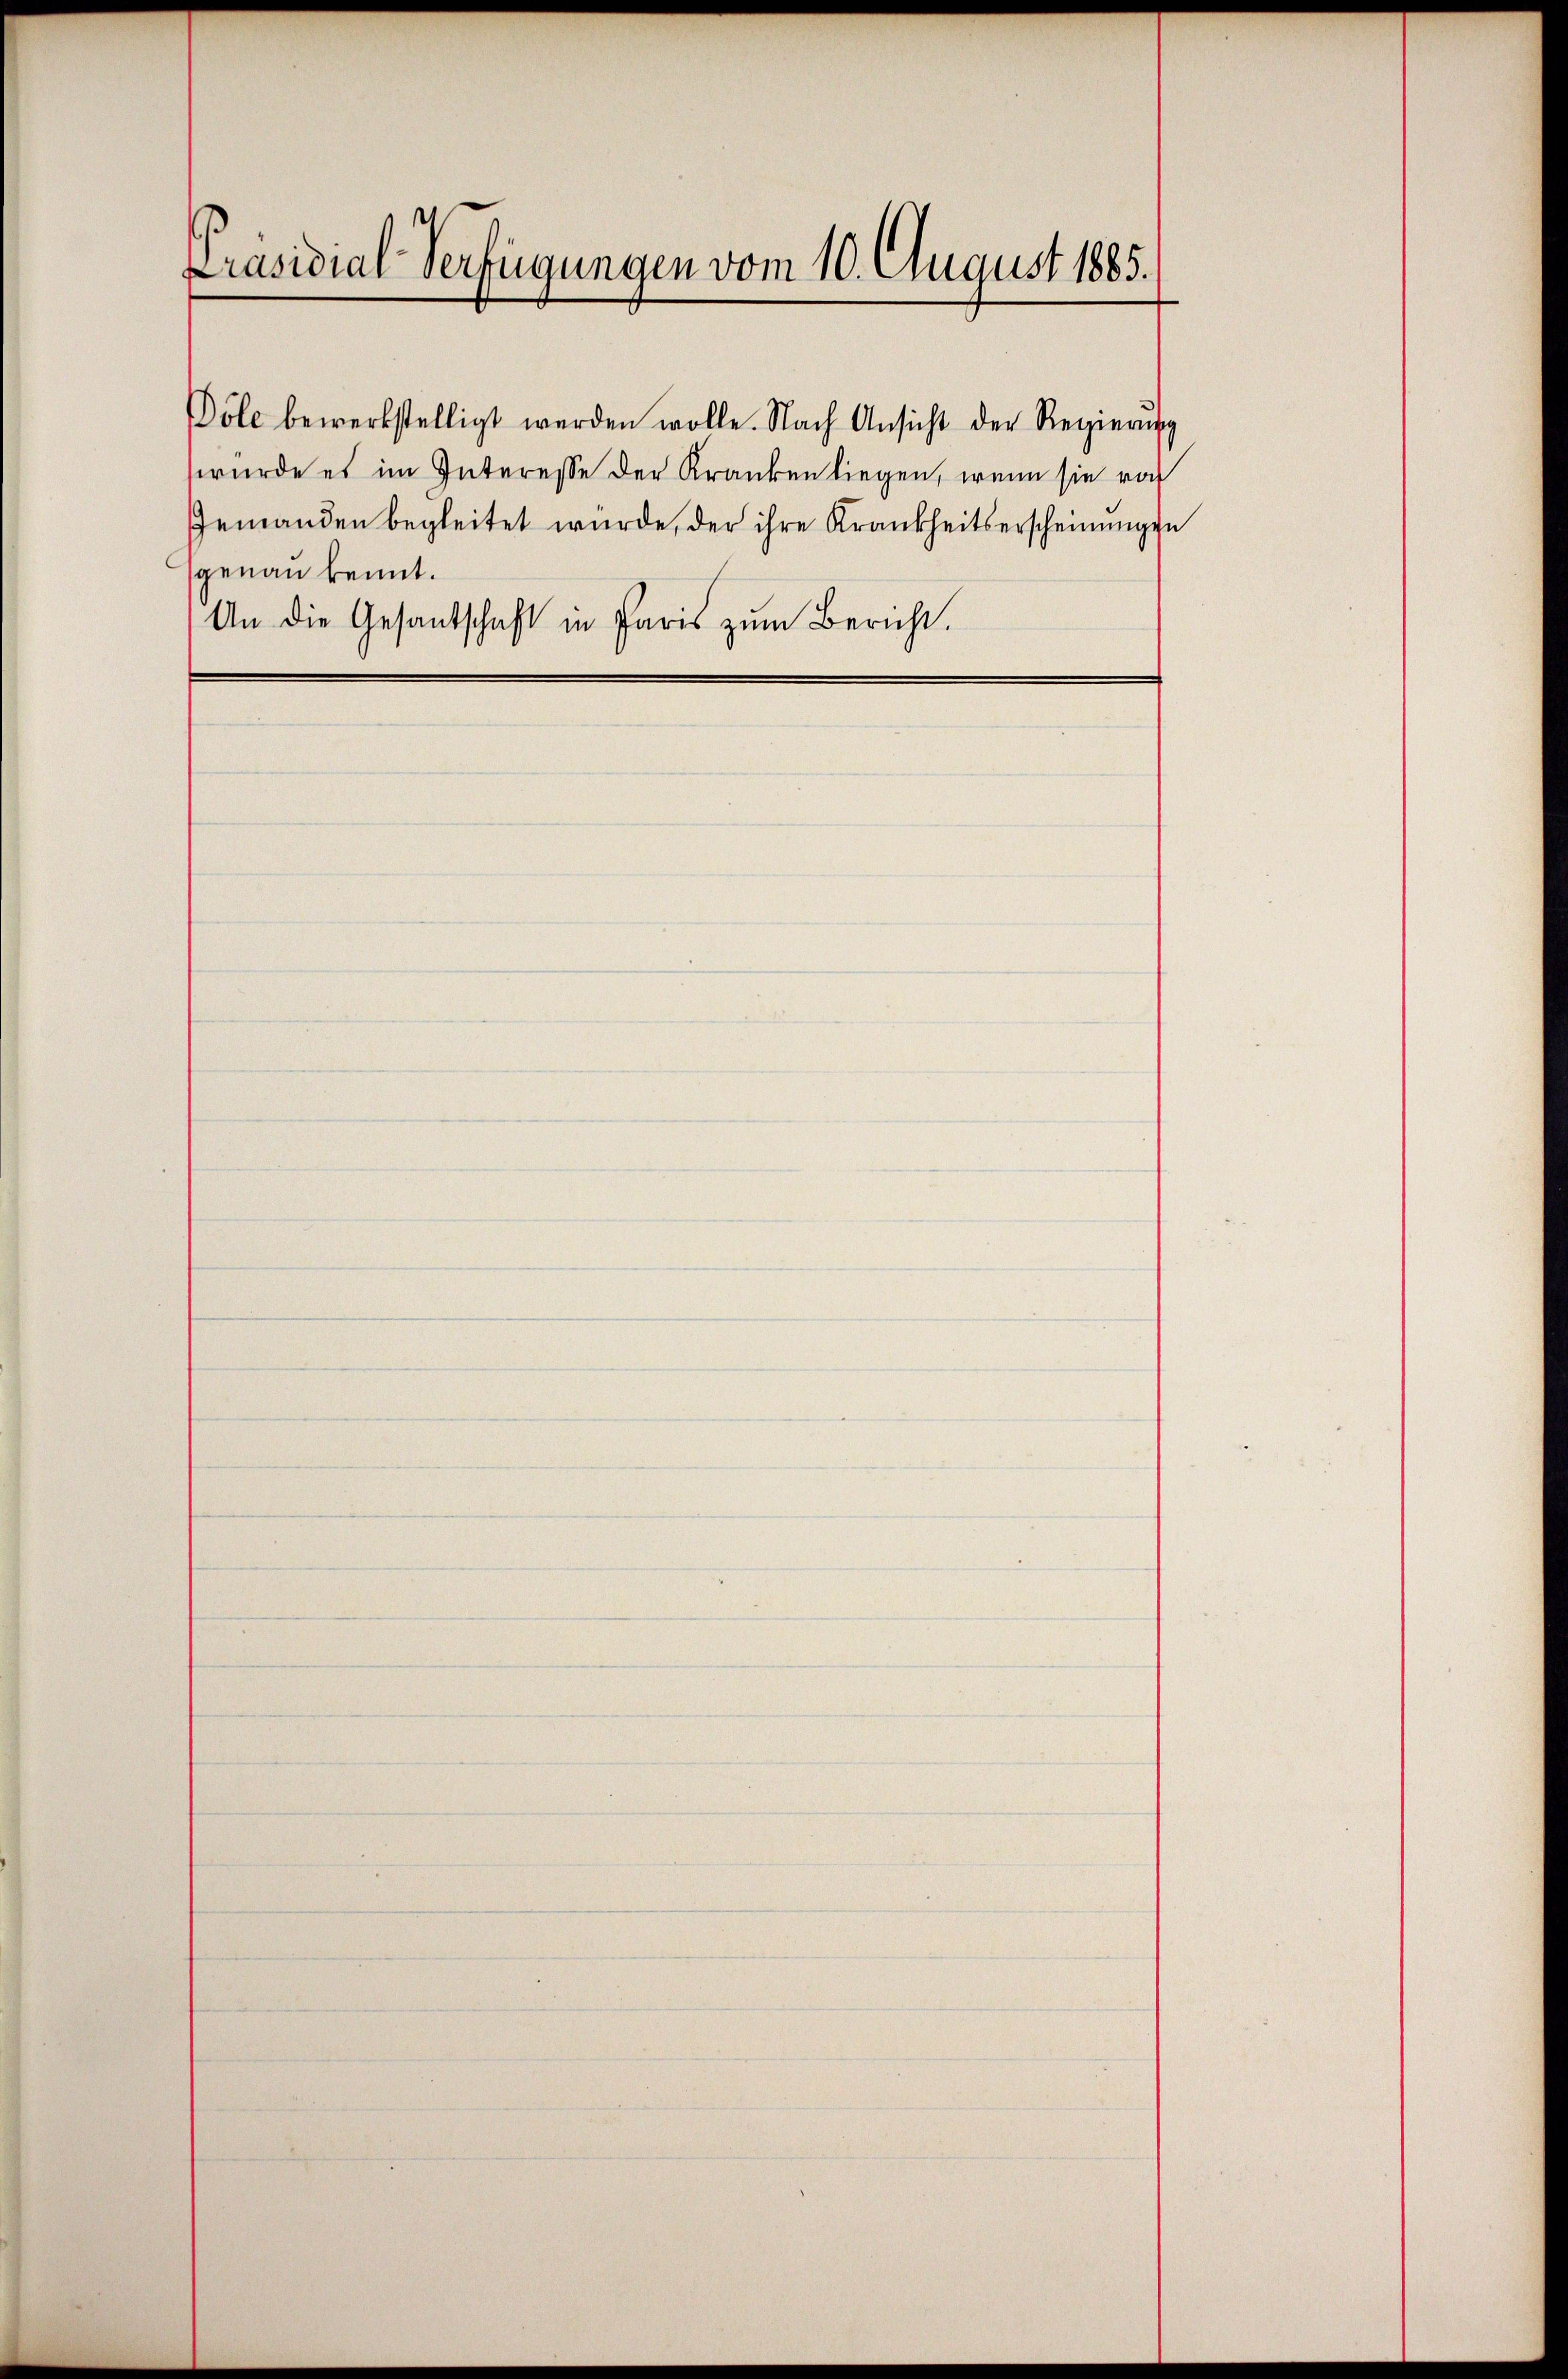
Präsidial-Verfügungen vom 10. August 1885.

Jemanden begleitet würde, der ihre Krankheitserscheinungen
genau kennt.
An die Gesantschaft in Paris zŭm Bericht.

Döle bewerkstelligt werden wolle. Nach Ansicht der Regierŭng
würde es im Interesse der Kranken liegen, wenn sie von